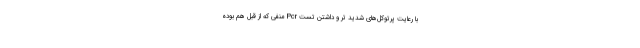
با رعایت پرتوکل‌های شدید تر و داشتن تست Pcr منفی که از قبل هم بوده